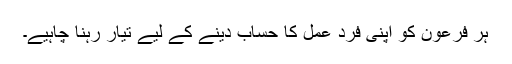
ہر فرعون کو اپنی فرد عمل کا حساب دینے کے لیے تیار رہنا چاہیے۔